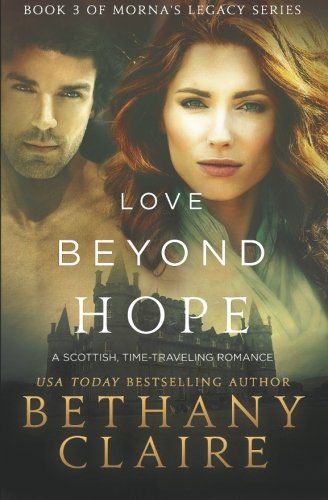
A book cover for Love Beyond Hope: A Scottish, Time-Traveling Romance (Book 3 of Morna's Legacy Series); Bethany Claire; Romance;